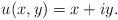
LaTeX: \begin{align*}u(x,y)=x+iy.\end{align*}